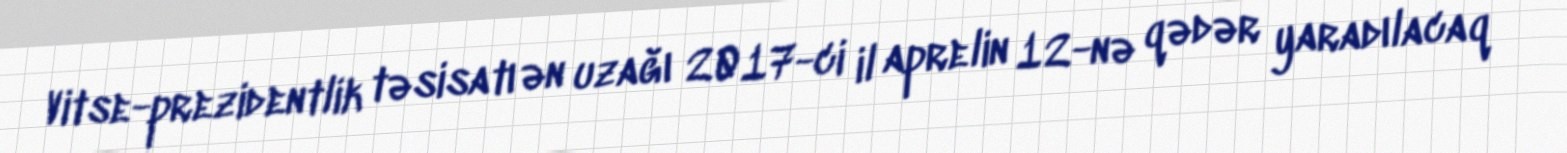
Vitse-prezidentlik təsisatı ən uzağı 2017-ci il aprelin 12-nə qədər yaradılacaq